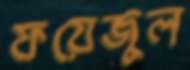
ফয়েজুল